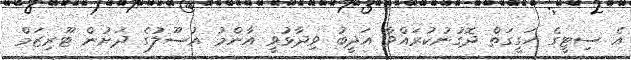
އެ ސިޓީގެ ހަގީގަތް ދޮގުނުކުރައްވާ އަދީބު ވިދާޅުވީ އާންމު އުސޫލުގެ ދަށުން ޓޫރިޒަމް